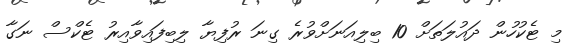
މި ޓެކުހުން ދައުލަތަށް 10 ބިލިއަނަށްވުރެ ގިނަ ރުފިޔާ ލިބިފައިވާއިރު ޓެކްސް ނަގާ